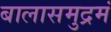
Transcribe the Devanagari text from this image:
बालासमुद्रमं